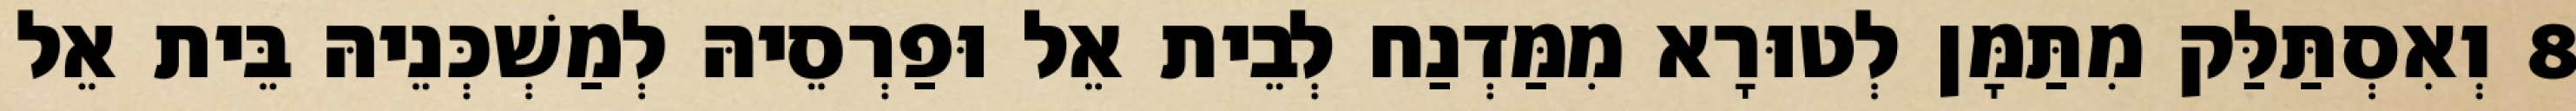
8 וְאִסְתַּלַּק מִתַּמָּן לְטוּרָא מִמַּדְנַח לְבֵית אֵל וּפַרְסֵיהּ לְמַשְׁכְּנֵיהּ בֵּית אֵל